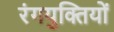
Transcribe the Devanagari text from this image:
रंगयुक्तियों